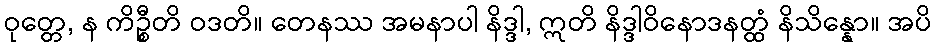
ဝုတ္တေ, န ကိဉ္စီတိ ဝဒတိ။ တေနဿ အမနာပါ နိဒ္ဒါ, ဣတိ နိဒ္ဒါဝိနောဒနတ္ထံ နိသိန္နော။ အပိ